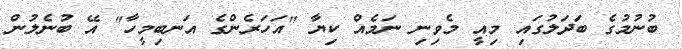
ބުނުމުގެ ބަދަލުގައި މިއީ މެވިނި ނަމެއް ކިޔާ "އަހަރެންގެ އަނބިމީހާ" އޭ ބުނެލުން